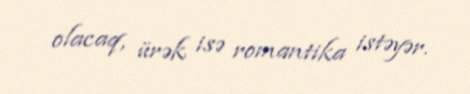
olacaq, ürək isə romantika istəyər.